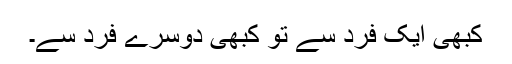
کبھی ایک فرد سے تو کبھی دوسرے فرد سے۔